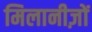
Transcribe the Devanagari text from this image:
मिलानीज़ों